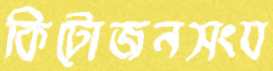
কিটোজনসংয